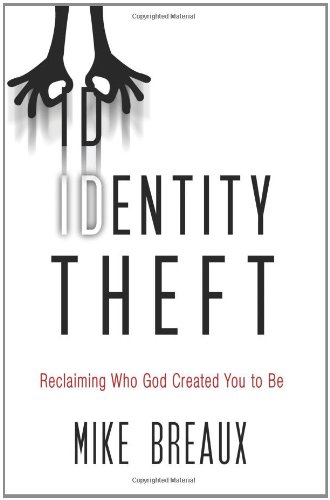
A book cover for Identity Theft: Reclaiming Who God Created You to Be; Mike Breaux; Religion & Spirituality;